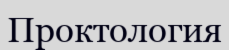
Проктология